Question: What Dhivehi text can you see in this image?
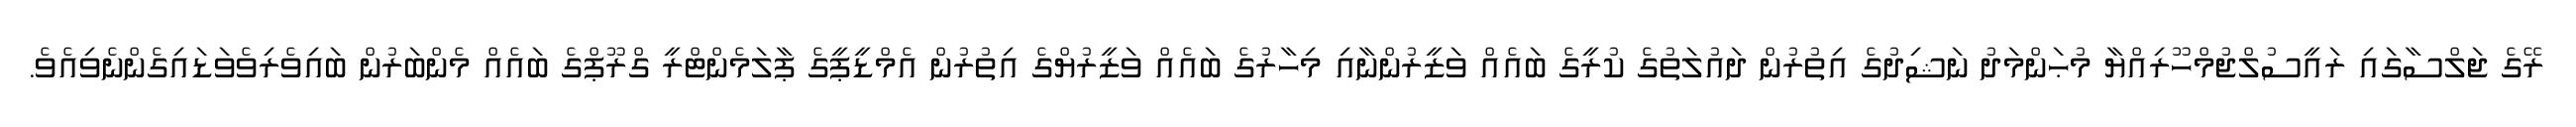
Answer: ރޭގެ ޖަލްސާގައި ރައީސުލްޖުމްހޫރިއްޔާ މުޙަންމަދު ނަޝިދުގެ އިތުރުން ދައުލަތުގެ ކުރީގެ ބައެއް ވަޒީރުންނާއި މިހާރުގެ ބައެއް ވަޒީރުޔްގެ އިތުރުން އެމްޑީޕީގެ ޕާލަމެންޓްރީ ގްރޫޕްގެ ބައެއް މެންބަރުން ބައިވެރިވެވަޑައިގެންނެވިއެވެ.